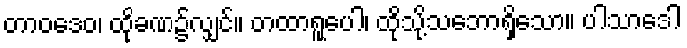
တာဝဒေဝ၊ ထိုခဏ၌လျှင်။ တထာရူပေါ၊ ထိုသို့သဘောရှိသော။ ပါသာဒေါ